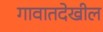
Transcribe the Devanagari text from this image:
गावातदेखील